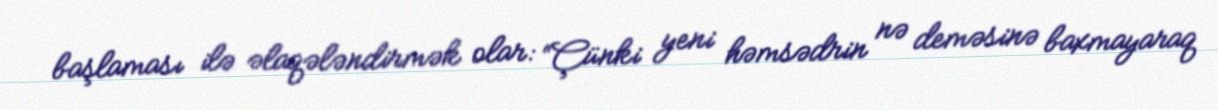
başlaması ilə əlaqələndirmək olar: “Çünki yeni həmsədrin nə deməsinə baxmayaraq